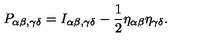
{ P _ { \alpha \beta , \gamma \delta } = I _ { \alpha \beta , \gamma \delta } - \frac { 1 } { 2 } \eta _ { \alpha \beta } \eta _ { \gamma \delta } . }